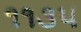
૧૧૩૫